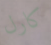
كارل